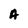
Character: A